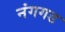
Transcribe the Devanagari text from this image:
नंगगड